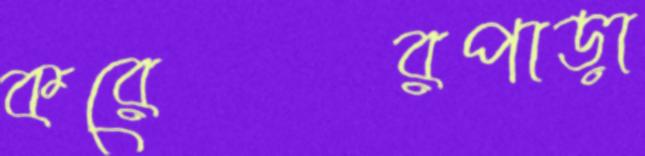
করেরপাড়া